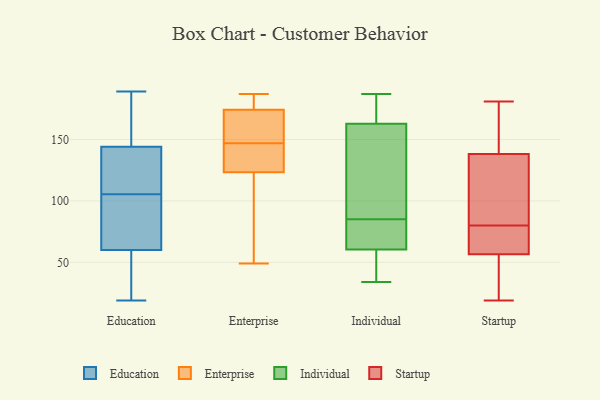
{"axis": {"x": "Inventory Turnover", "y": "Value"}, "legend": ["Education", "Enterprise", "Individual", "Startup"], "data": [{"x": "", "y": 123, "type": "Education"}, {"x": "", "y": 69, "type": "Education"}, {"x": "", "y": 20, "type": "Education"}, {"x": "", "y": 144, "type": "Education"}, {"x": "", "y": 154, "type": "Education"}, {"x": "", "y": 152, "type": "Education"}, {"x": "", "y": 185, "type": "Education"}, {"x": "", "y": 60, "type": "Education"}, {"x": "", "y": 24, "type": "Education"}, {"x": "", "y": 51, "type": "Education"}, {"x": "", "y": 84, "type": "Education"}, {"x": "", "y": 137, "type": "Education"}, {"x": "", "y": 189, "type": "Education"}, {"x": "", "y": 104, "type": "Education"}, {"x": "", "y": 19, "type": "Education"}, {"x": "", "y": 107, "type": "Education"}, {"x": "", "y": 108, "type": "Education"}, {"x": "", "y": 73, "type": "Education"}, {"x": "", "y": 166, "type": "Enterprise"}, {"x": "", "y": 120, "type": "Enterprise"}, {"x": "", "y": 133, "type": "Enterprise"}, {"x": "", "y": 177, "type": "Enterprise"}, {"x": "", "y": 163, "type": "Enterprise"}, {"x": "", "y": 138, "type": "Enterprise"}, {"x": "", "y": 139, "type": "Enterprise"}, {"x": "", "y": 49, "type": "Enterprise"}, {"x": "", "y": 186, "type": "Enterprise"}, {"x": "", "y": 147, "type": "Enterprise"}, {"x": "", "y": 150, "type": "Enterprise"}, {"x": "", "y": 62, "type": "Enterprise"}, {"x": "", "y": 187, "type": "Enterprise"}, {"x": "", "y": 75, "type": "Enterprise"}, {"x": "", "y": 183, "type": "Enterprise"}, {"x": "", "y": 171, "type": "Individual"}, {"x": "", "y": 185, "type": "Individual"}, {"x": "", "y": 74, "type": "Individual"}, {"x": "", "y": 163, "type": "Individual"}, {"x": "", "y": 160, "type": "Individual"}, {"x": "", "y": 66, "type": "Individual"}, {"x": "", "y": 70, "type": "Individual"}, {"x": "", "y": 173, "type": "Individual"}, {"x": "", "y": 59, "type": "Individual"}, {"x": "", "y": 162, "type": "Individual"}, {"x": "", "y": 36, "type": "Individual"}, {"x": "", "y": 120, "type": "Individual"}, {"x": "", "y": 187, "type": "Individual"}, {"x": "", "y": 50, "type": "Individual"}, {"x": "", "y": 85, "type": "Individual"}, {"x": "", "y": 36, "type": "Individual"}, {"x": "", "y": 87, "type": "Individual"}, {"x": "", "y": 34, "type": "Individual"}, {"x": "", "y": 65, "type": "Individual"}, {"x": "", "y": 63, "type": "Startup"}, {"x": "", "y": 181, "type": "Startup"}, {"x": "", "y": 124, "type": "Startup"}, {"x": "", "y": 99, "type": "Startup"}, {"x": "", "y": 137, "type": "Startup"}, {"x": "", "y": 80, "type": "Startup"}, {"x": "", "y": 61, "type": "Startup"}, {"x": "", "y": 21, "type": "Startup"}, {"x": "", "y": 19, "type": "Startup"}, {"x": "", "y": 43, "type": "Startup"}, {"x": "", "y": 80, "type": "Startup"}, {"x": "", "y": 146, "type": "Startup"}, {"x": "", "y": 142, "type": "Startup"}]}